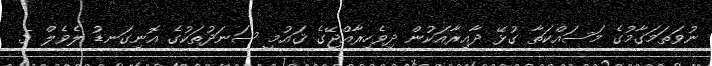
ނުވަތަމަގާމުގެ މަސައްކަތާ ގުޅޭ ދާއިރާއަކުން ދިވެހިރާއްޖޭގެ ޤައުމީ ސަނަދުތަކުގެ އޮނިގަނޑު ލެވެލް 5